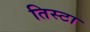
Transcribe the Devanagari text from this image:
तिस्टा